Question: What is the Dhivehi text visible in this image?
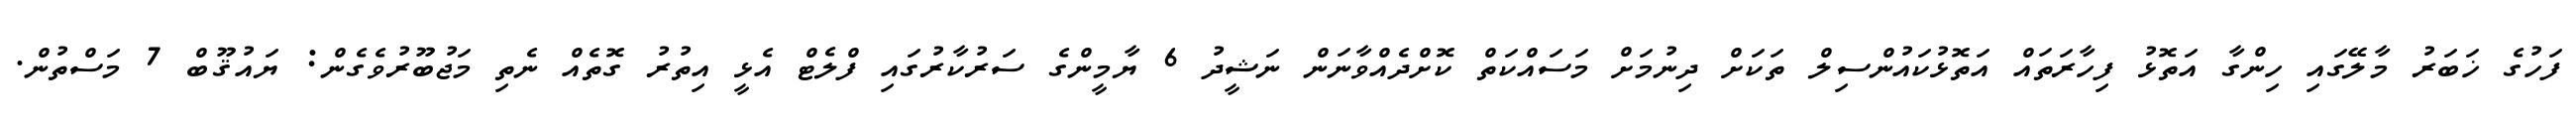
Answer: ފަހުގެ ޚަބަރު މާލޭގައި ހިންގާ އަތޮޅު ފިހާރަތައް އަތޮޅުކައުންސިލް ތަކަށް ދިނުމަށް މަސައްކަތް ކޮށްދެއްވާނަން ނަޝީދު 6 ޔާމީންގެ ސަރުކާރުގައި ފްލެޓް އެޅީ އިތުރު ގޮތެއް ނެތި މަޖުބޫރުވެގެން: ޔައުޤޫބް 7 މަސްތުން.